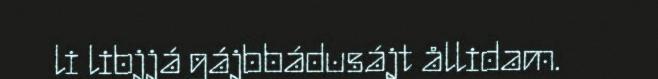
li libjjá gájbbádusájt ållidam.